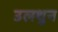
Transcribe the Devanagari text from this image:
उलथुन